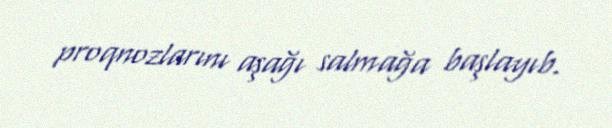
proqnozlarını aşağı salmağa başlayıb.